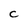
Character: C